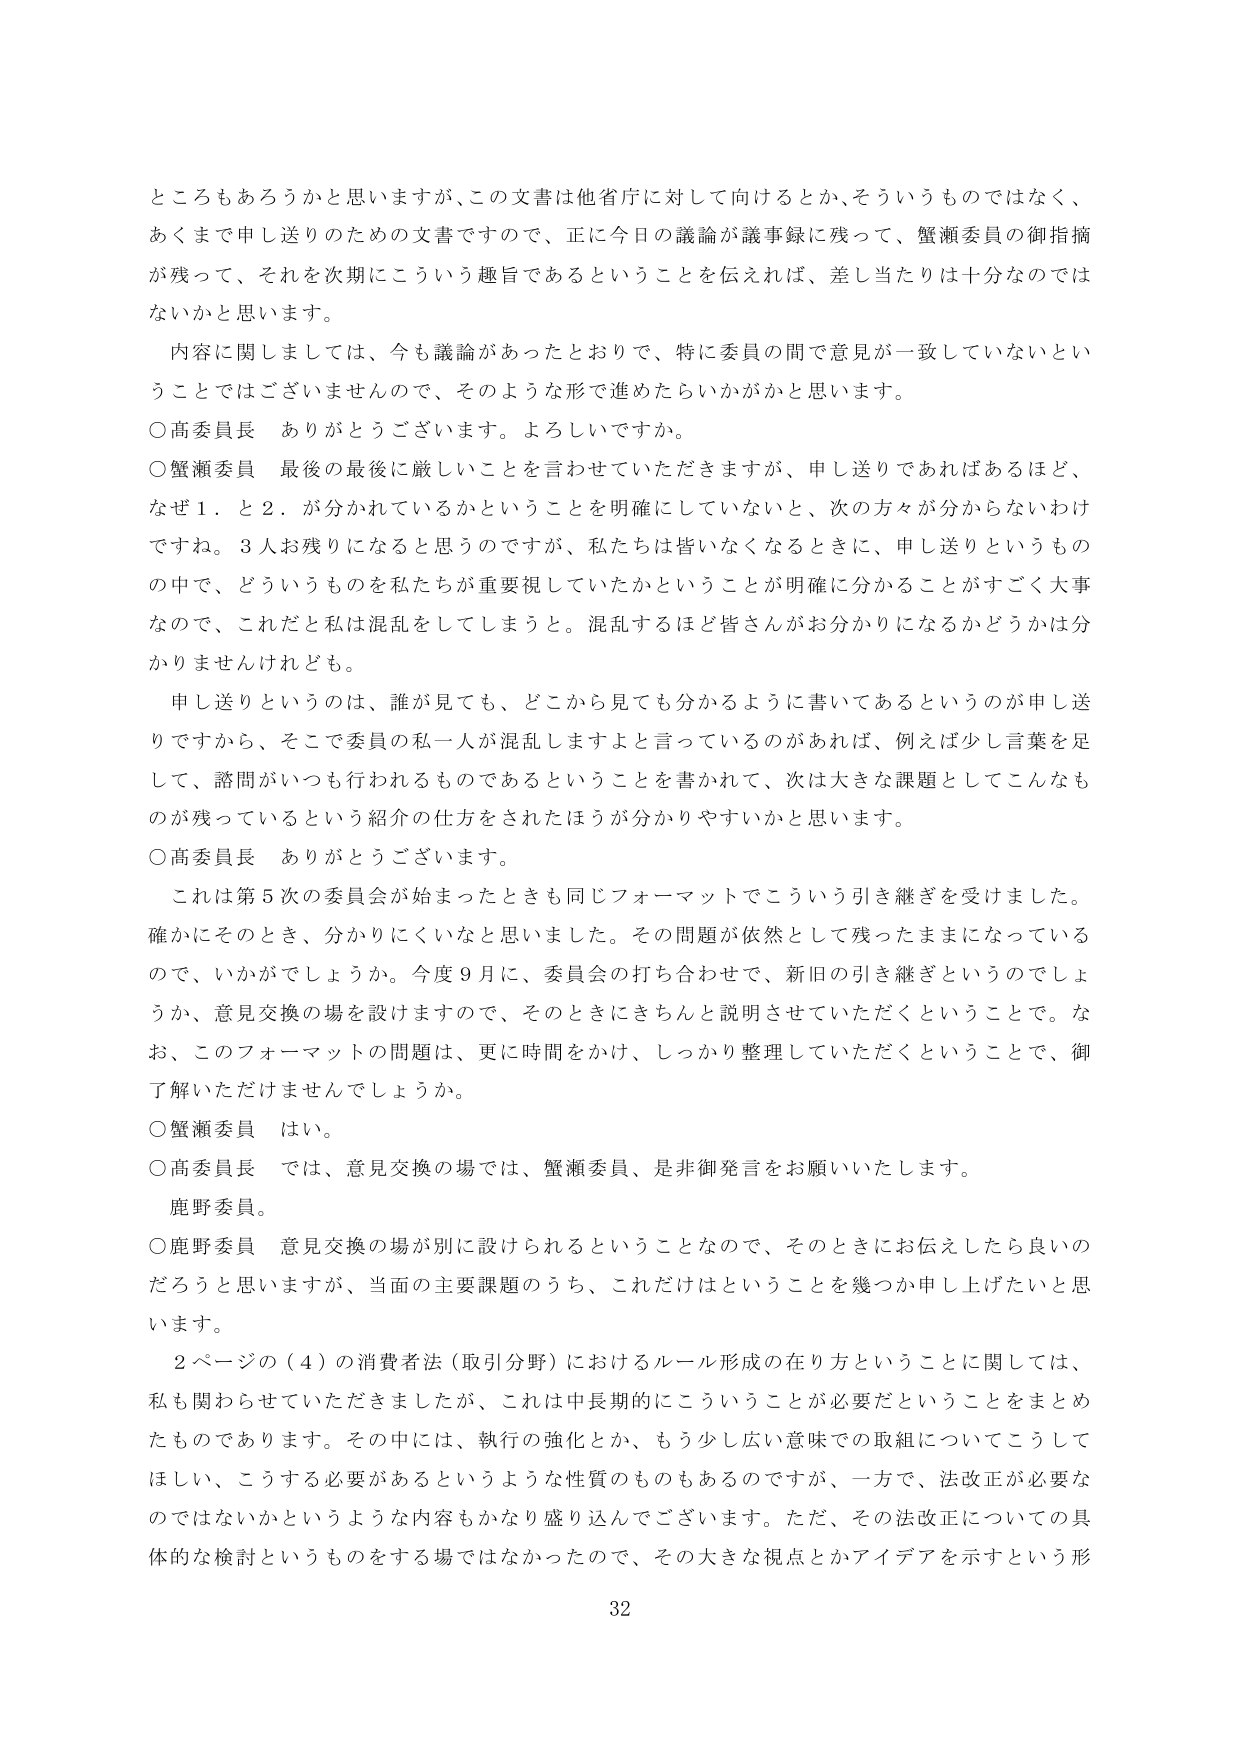
ところもあろうかと思いますが、この文書は他省庁に対して向けるとか、そういうものではなく、
あくまで申し送りのための文書ですので、正に今日の議論が議事録に残って、蟹瀬委員の御指摘
が残って、それを次期にこういう趣旨であるということを伝えれば、差し当たりは十分なのでは
ないかと思います。
内容に関しましては、今も議論があったとおりで、特に委員の間で意見が一致していないとい
うことではございませんので、そのような形で進めたらいかがかと思います。
○高委員長　ありがとうございます。よろしいですか。
○蟹瀬委員　最後の最後に厳しいことを言わせていただきますが、申し送りであればあるほど、
なぜ１．と２．が分かれているかということを明確にしていないと、次の方々が分からないわけ
ですね。３人お残りになると思うのですが、私たちは皆いなくなるときに、申し送りというもの
の中で、どういうものを私たちが重要視していたかということが明確に分かることがすごく大事
なので、これだと私は混乱してしまうと。混乱するほど皆さんがお分かりになるかどうかは分
かりませんけれども。
申し送りというのは、誰が見ても、どこから見ても分かるように書いてあるというのが申し送
りですから、そこで委員の私一人が混乱しますよと言っているのがあれば、例えば少し言葉を足
して、諮問がいつも行われるものであるということを書かれて、次は大きな課題としてこんなも
のが残っているという紹介の仕方をされたほうが分かりやすいかと思います。
○高委員長　ありがとうございます。
これは第５次の委員会が始まったときも同じフォーマットでこういう引き継ぎを受けました。
確かにそのとき、分かりにくいなと思いました。その問題が依然として残ったままになっている
ので、いかがでしょうか。今度９月に、委員会の打ち合わせで、新旧の引き継ぎというのでしょう
か、意見交換の場を設けますので、そのときにきちんと説明させていただくということで。な
お、このフォーマットの問題は、更に時間をかけ、しっかり整理していただくということで、御
了解いただけませんでしょうか。
○蟹瀬委員　はい。
○高委員長　では、意見交換の場では、蟹瀬委員、是非御発言をお願いいたします。
鹿野委員。
○鹿野委員　意見交換の場が別に設けられるということなので、そのときにお伝えしたら良いの
だろうと思いますが、当面の主要課題のうち、これだけはということを幾つか申し上げたいと思
います。
２ページの（４）の消費者法（取引分野）におけるルール形成の在り方ということに関しては、
私も関わらせていただきましたが、これは中長期的にこういうことが必要だということをまとめ
たものであります。その中には、執行の強化とか、もう少し広い意味での取組についてこうして
ほしい、こうする必要があるというような性質のものもあるのですが、一方で、法改正が必要な
のではないかというような内容もかなり盛り込んでございます。ただ、その法改正についての具
体的な検討というものをする場ではなかったので、その大きな視点とかアイデアを示すという形
32